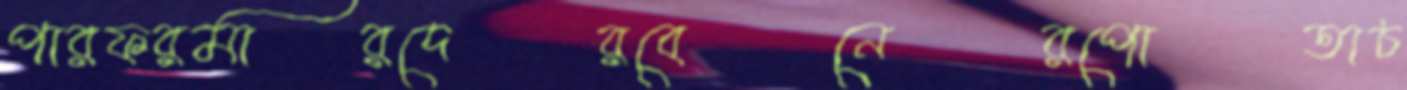
পারফরমারদেরবেনেরপোতাচ